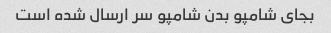
بجای شامپو بدن شامپو سر ارسال شده است